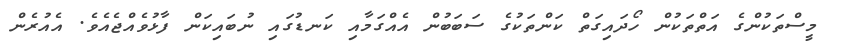
މީސްތަކުންގެ އަތްތަކުން ހޯދައިގަތް ކަންތަކުގެ ސަބަބުން އެއްގަމާއި ކަނޑުގައި ނުބައިކަން ފާޅުވެއްޖެއެވެ. އެއުރެން